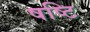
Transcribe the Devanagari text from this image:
षष्टि